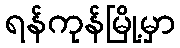
ရန်ကုန်မြို့မှာ